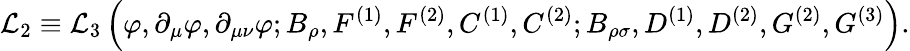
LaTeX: {\cal L}_{2}\equiv{\cal L}_{3}\left(\varphi,\partial_{\mu}\varphi,\partial_{\mu\nu}\varphi;B_{\rho},F^{(1)},F^{(2)},C^{(1)},C^{(2)};B_{\rho\sigma},D^{(1)},D^{(2)},G^{(2)},G^{(3)}\right).